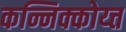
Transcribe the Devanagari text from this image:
कन्निक्कोय्त्त